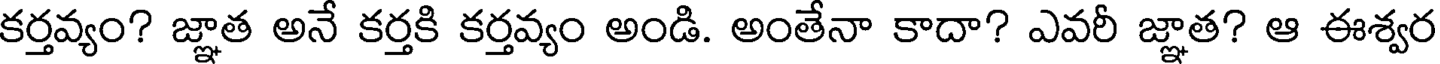
కర్తవ్యం? జ్ఞాత అనే కర్తకి కర్తవ్యం అండి. అంతేనా కాదా? ఎవరీ జ్ఞాత? ఆ ఈశ్వర